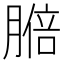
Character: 𦟋